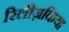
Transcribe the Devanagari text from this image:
रिलीज़किया